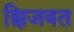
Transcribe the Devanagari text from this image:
झिजवत